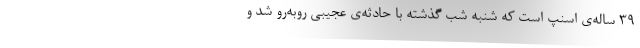
۳۹ ساله‌ی اسنپ است که شنبه شب گذشته با حادثه‌ی عجیبی روبه‌رو شد و